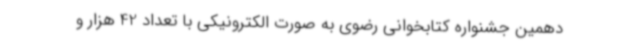
دهمین جشنواره کتابخوانی رضوی به صورت الکترونیکی با تعداد 42 هزار و